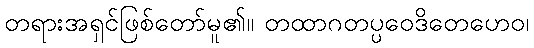
တရားအရှင်ဖြစ်တော်မူ၏။ တထာဂတပ္ပဝေဒိတေဟေဝ၊